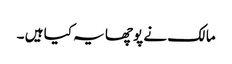
مالک نے پوچھا یہ کیا ہیں ۔